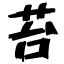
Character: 苔